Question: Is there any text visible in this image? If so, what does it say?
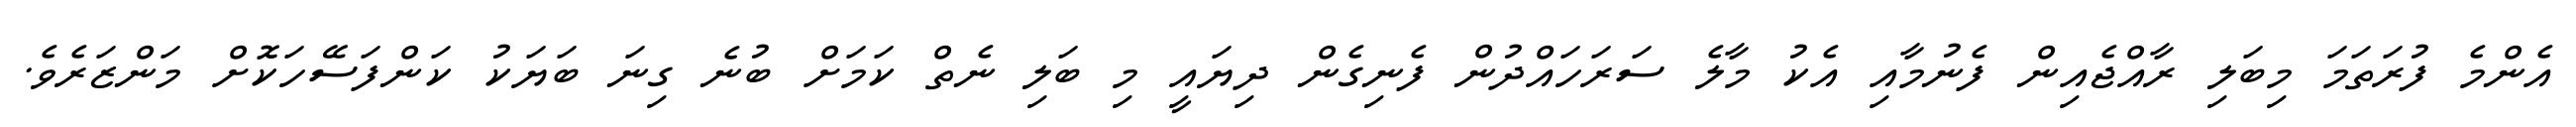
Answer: އެންމެ ފުރަތަމަ މިބަލި ރާއްޖެއިން ފެނުމާއި އެކު މާލެ ސަރަހައްދުން ފެނިގެން ދިޔައީ މި ބަލި ނެތް ކަމަށް ބުނެ ގިނަ ބަޔަކު ކަންފަސޭހަކޮށް މަންޒަރެވެ.